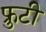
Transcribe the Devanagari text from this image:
फ्रुटी